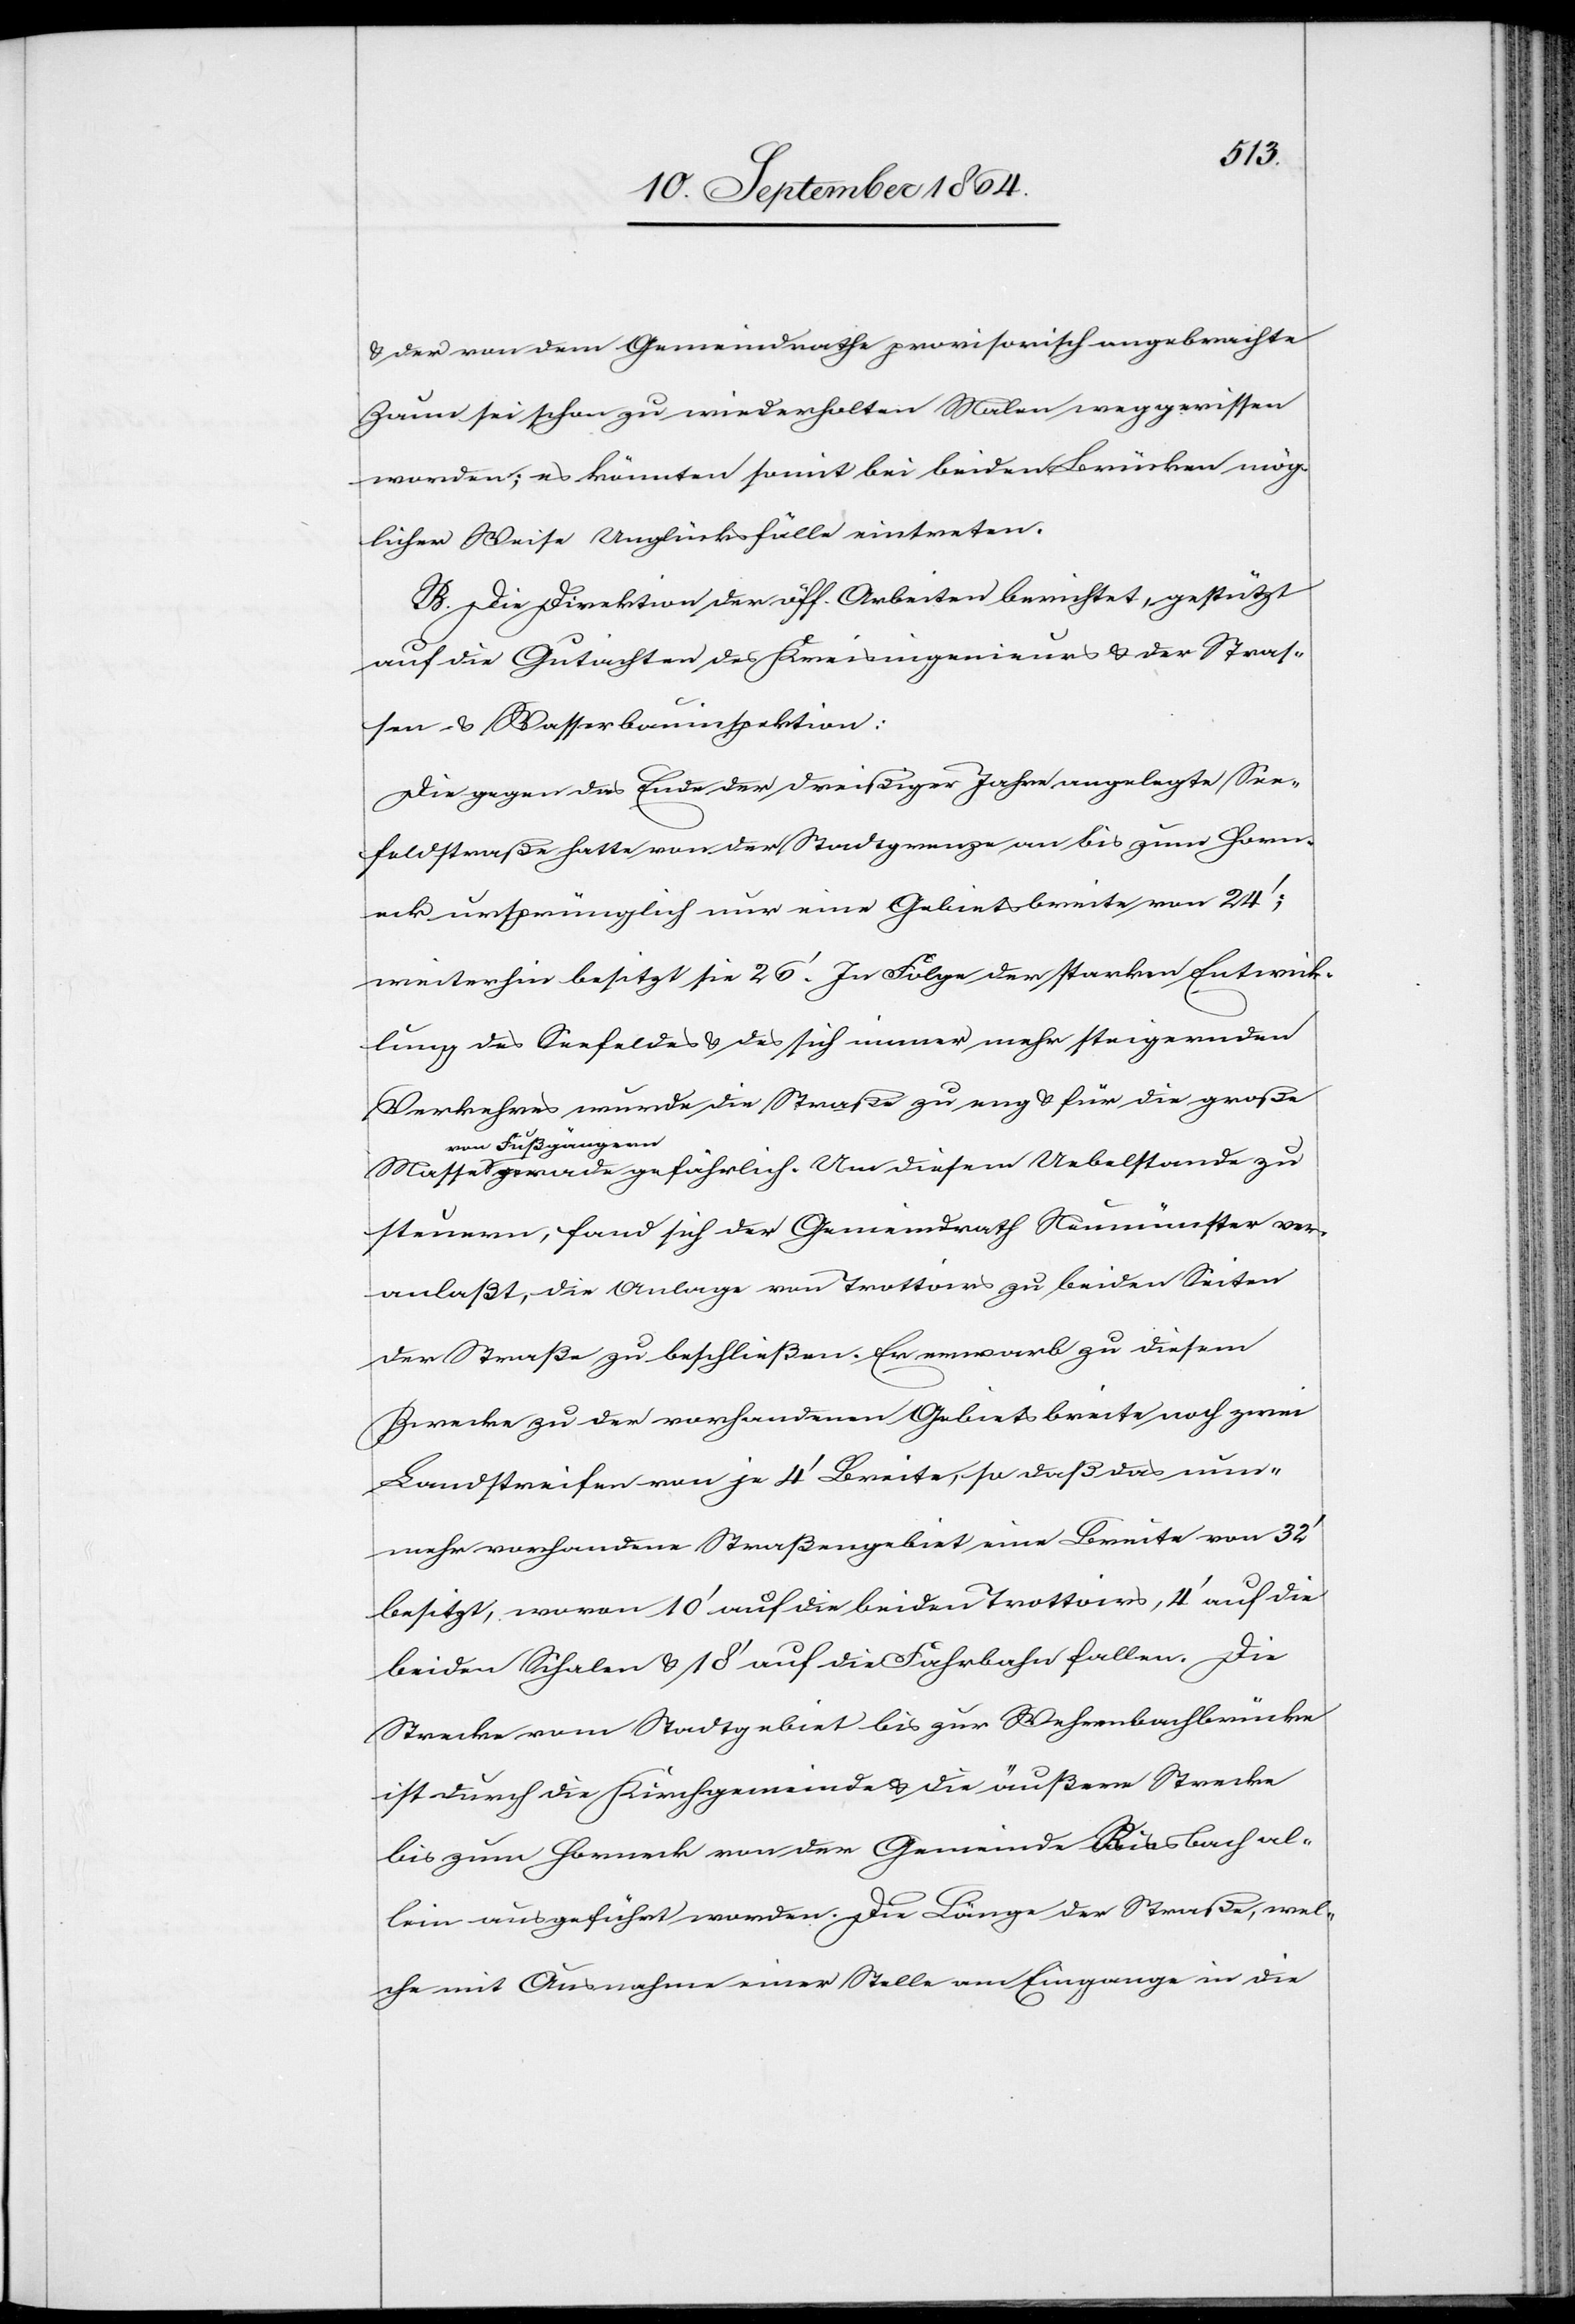
& der von dem Gemeindrathe provisorisch angebrachte
Zaun sei schon zu wiederholten Malen weggerissen
worden; es könnten somit bei beiden Brücken mög¬
licher Weise Unglücksfälle eintreten.
B. Die Direktion der öff. Arbeiten berichtet, gestützt
auf die Gutachten des Kreisingenieurs & der Stras¬
sen- & Wasserbauinspektion:
Die gegen das Ende der dreißiger Jahre angelegte See¬
feldstraße hatte von der Stadtgrenze an bis zum Horn¬
eck ursprünglich nur eine Gebietsbreite von 24’;
weiterhin besitzt sie 26’. In Folge der starken Entwick¬
lung des Seefeldes & des sich immer mehr steigernden
Verkehrs wurde die Straße zu enge & für die große
a-von Fußgänger¬
n-a gerade gefährlich. Um diesem [sic!] Uebelstande zu
steuern, fand sich der Gemeindrath Neumünster ver¬
anlaßt, die Anlage von Trottoirs zu beiden Seiten
der Straße zu beschließen. Er erwarb zu diesem
Zwecke zu der vorhandenen Gebietsbreite noch zwei
Landstreifen von je 4’ Breite, so daß das nun¬
mehr vorhandene Straßengebiet eine Breite von 32’
besitzt, wovon 10’ auf die beiden Trottoirs, 4’ auf die
beiden Schalen & 18’ auf die Fahrbahn fallen. Die
Strecke vom Stadtgebiet bis zur Wehrenbachbrücke
ist durch die Kirchgemeinde & die äußere Strecke
bis zum Horneck von der Gemeinde Riesbach al¬
lein ausgeführt worden. Die Länge der Straße, wel¬
che mit Ausnahme einer Stelle am Eingange in die